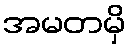
အမတမှိ